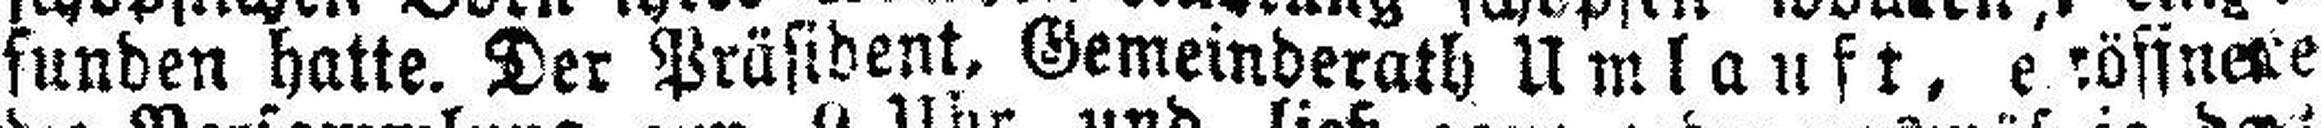
funden hatte. Der Präsident, Gemeinderath Umlauft, e###öffne###e